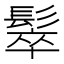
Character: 䯿